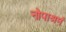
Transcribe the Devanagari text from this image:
नोपाश्रमं